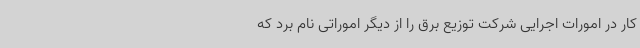
کار در امورات اجرایی شرکت توزیع برق را از دیگر اموراتی نام برد که